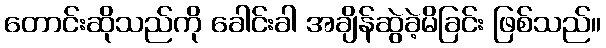
တောင်းဆိုသည်ကို ခေါင်းခါ အချိန်ဆွဲခဲ့မိခြင်း ဖြစ်သည်။